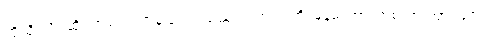
ထိုသို့ သိပ္ပံဆိုင်ရာလေ့လာမှုပြုလုပ်သည့် ပညာရပ်ကို မြန်မာဘာသာစကားအားဖြင့်